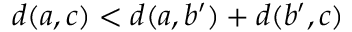
d ( a , c ) < d ( a , b ^ { \prime } ) + d ( b ^ { \prime } , c )